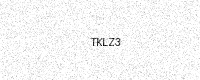
Text: TKLZ3